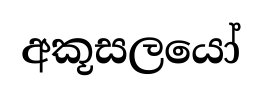
අකූසලයෝ